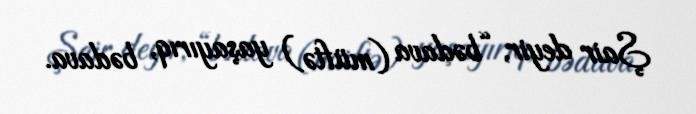
Şair deyir, “bədava (müftə) yaşayırıq, bədava.